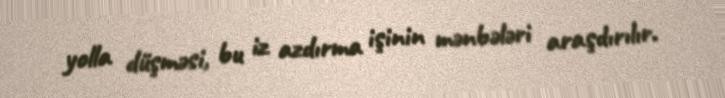
yolla düşməsi, bu iz azdırma işinin mənbələri araşdırılır.